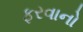
ફરવાનો